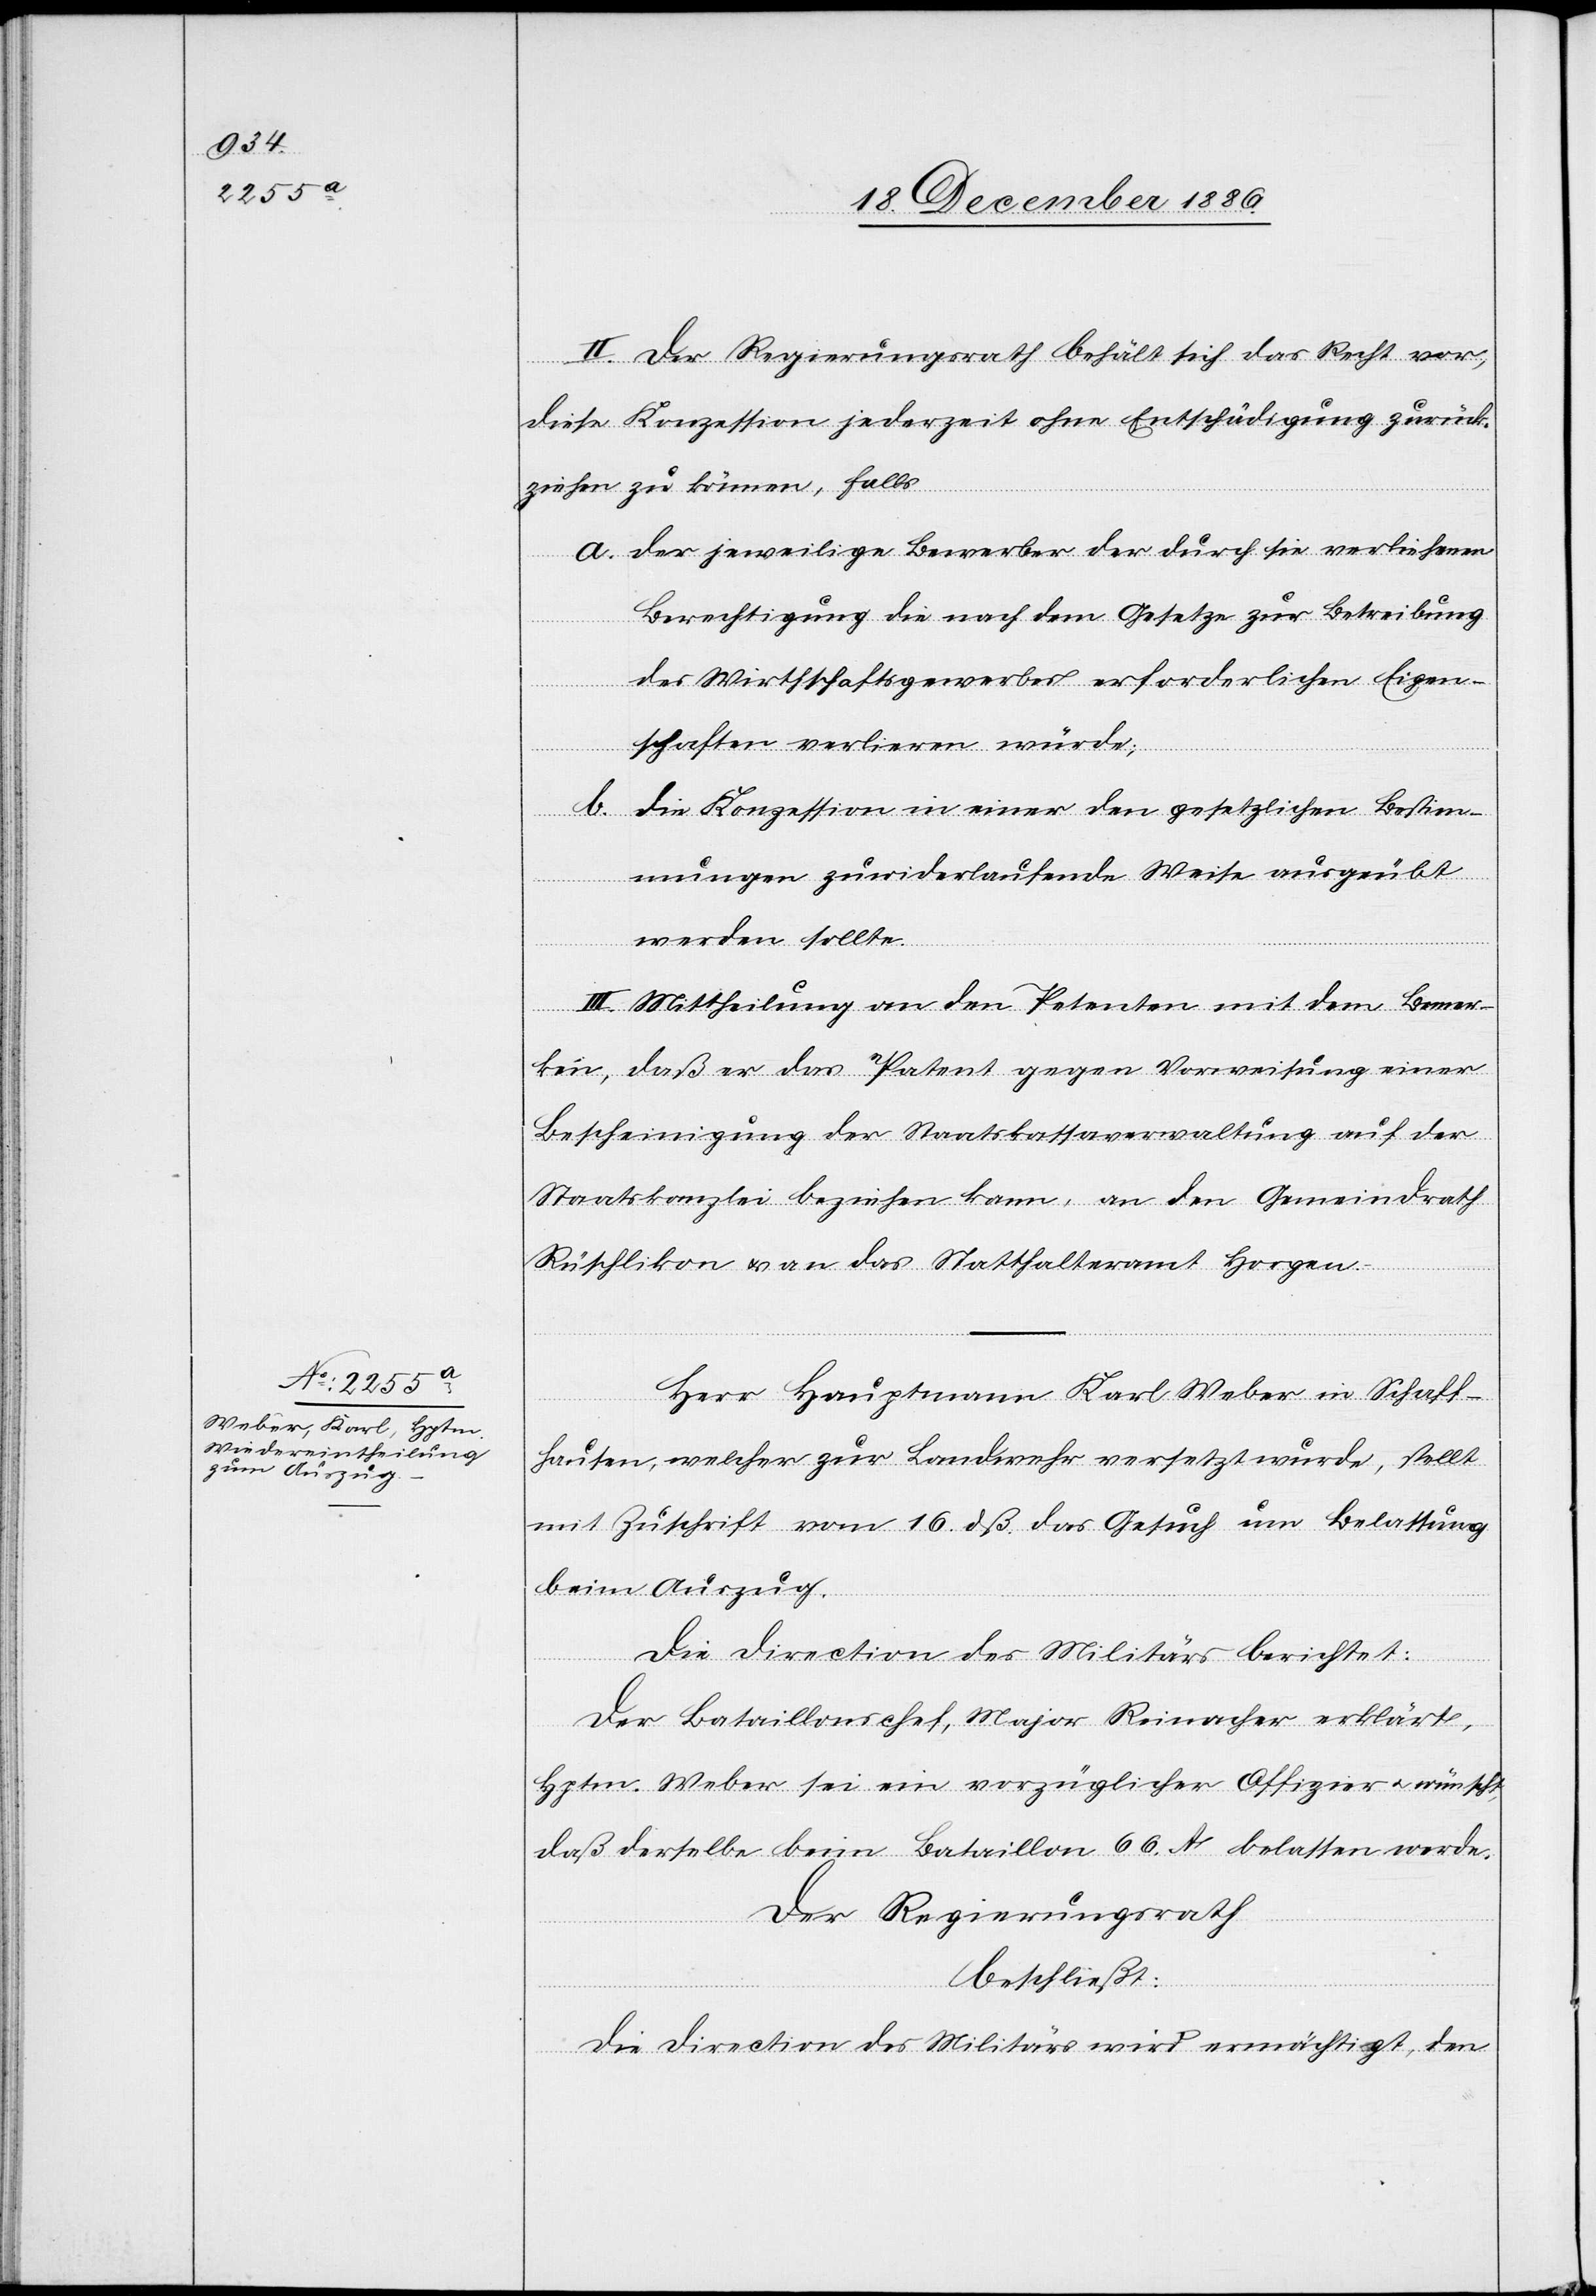
II. Der Regierungsrath behält sich das Recht vor,
diese Konzession jederzeit ohne Entschädigung zurück¬
ziehen zu können, falls
a. der jeweilige Bewerber der durch sie verliehenen
Berechtigung die nach dem Gesetze zur Betreibung
des Wirthschaftsgewerbes erforderlichen Eigen¬
schaften verlieren würde;
b.
die Konzession in einer den gesetzlichen Bestim¬
mungen zuwiderlaufende Weise ausgeübt
werden sollte.
III. Mittheilung an den Petenten mit dem Bemer¬
ken, daß er das Patent gegen Vorweisung einer
Bescheinigung der Staatskassaverwaltung auf der
Staatskanzlei beziehen kann, an den Gemeindrath
Rüschlikon & an das Statthalteramt Horgen.
Herr Hauptmann Karl Weber in Schaff¬
hausen, welcher zur Landwehr versetzt wurde, stellt
mit Zuschrift vom 16. dß. das Gesuch um Belassung
beim Auszug.
Die Direction des Militärs berichtet:
Der Bataillonschef, Major Reinacher erklärt,
Hptm. Weber sei ein vorzüglicher Offizier & wünscht,
daß derselbe beim Bataillon 66. A. belassen werde.
Der Regierungsrath
beschließt:
Die Direction des Militärs wird ermächtigt, den